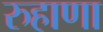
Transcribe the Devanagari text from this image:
रुहाणा